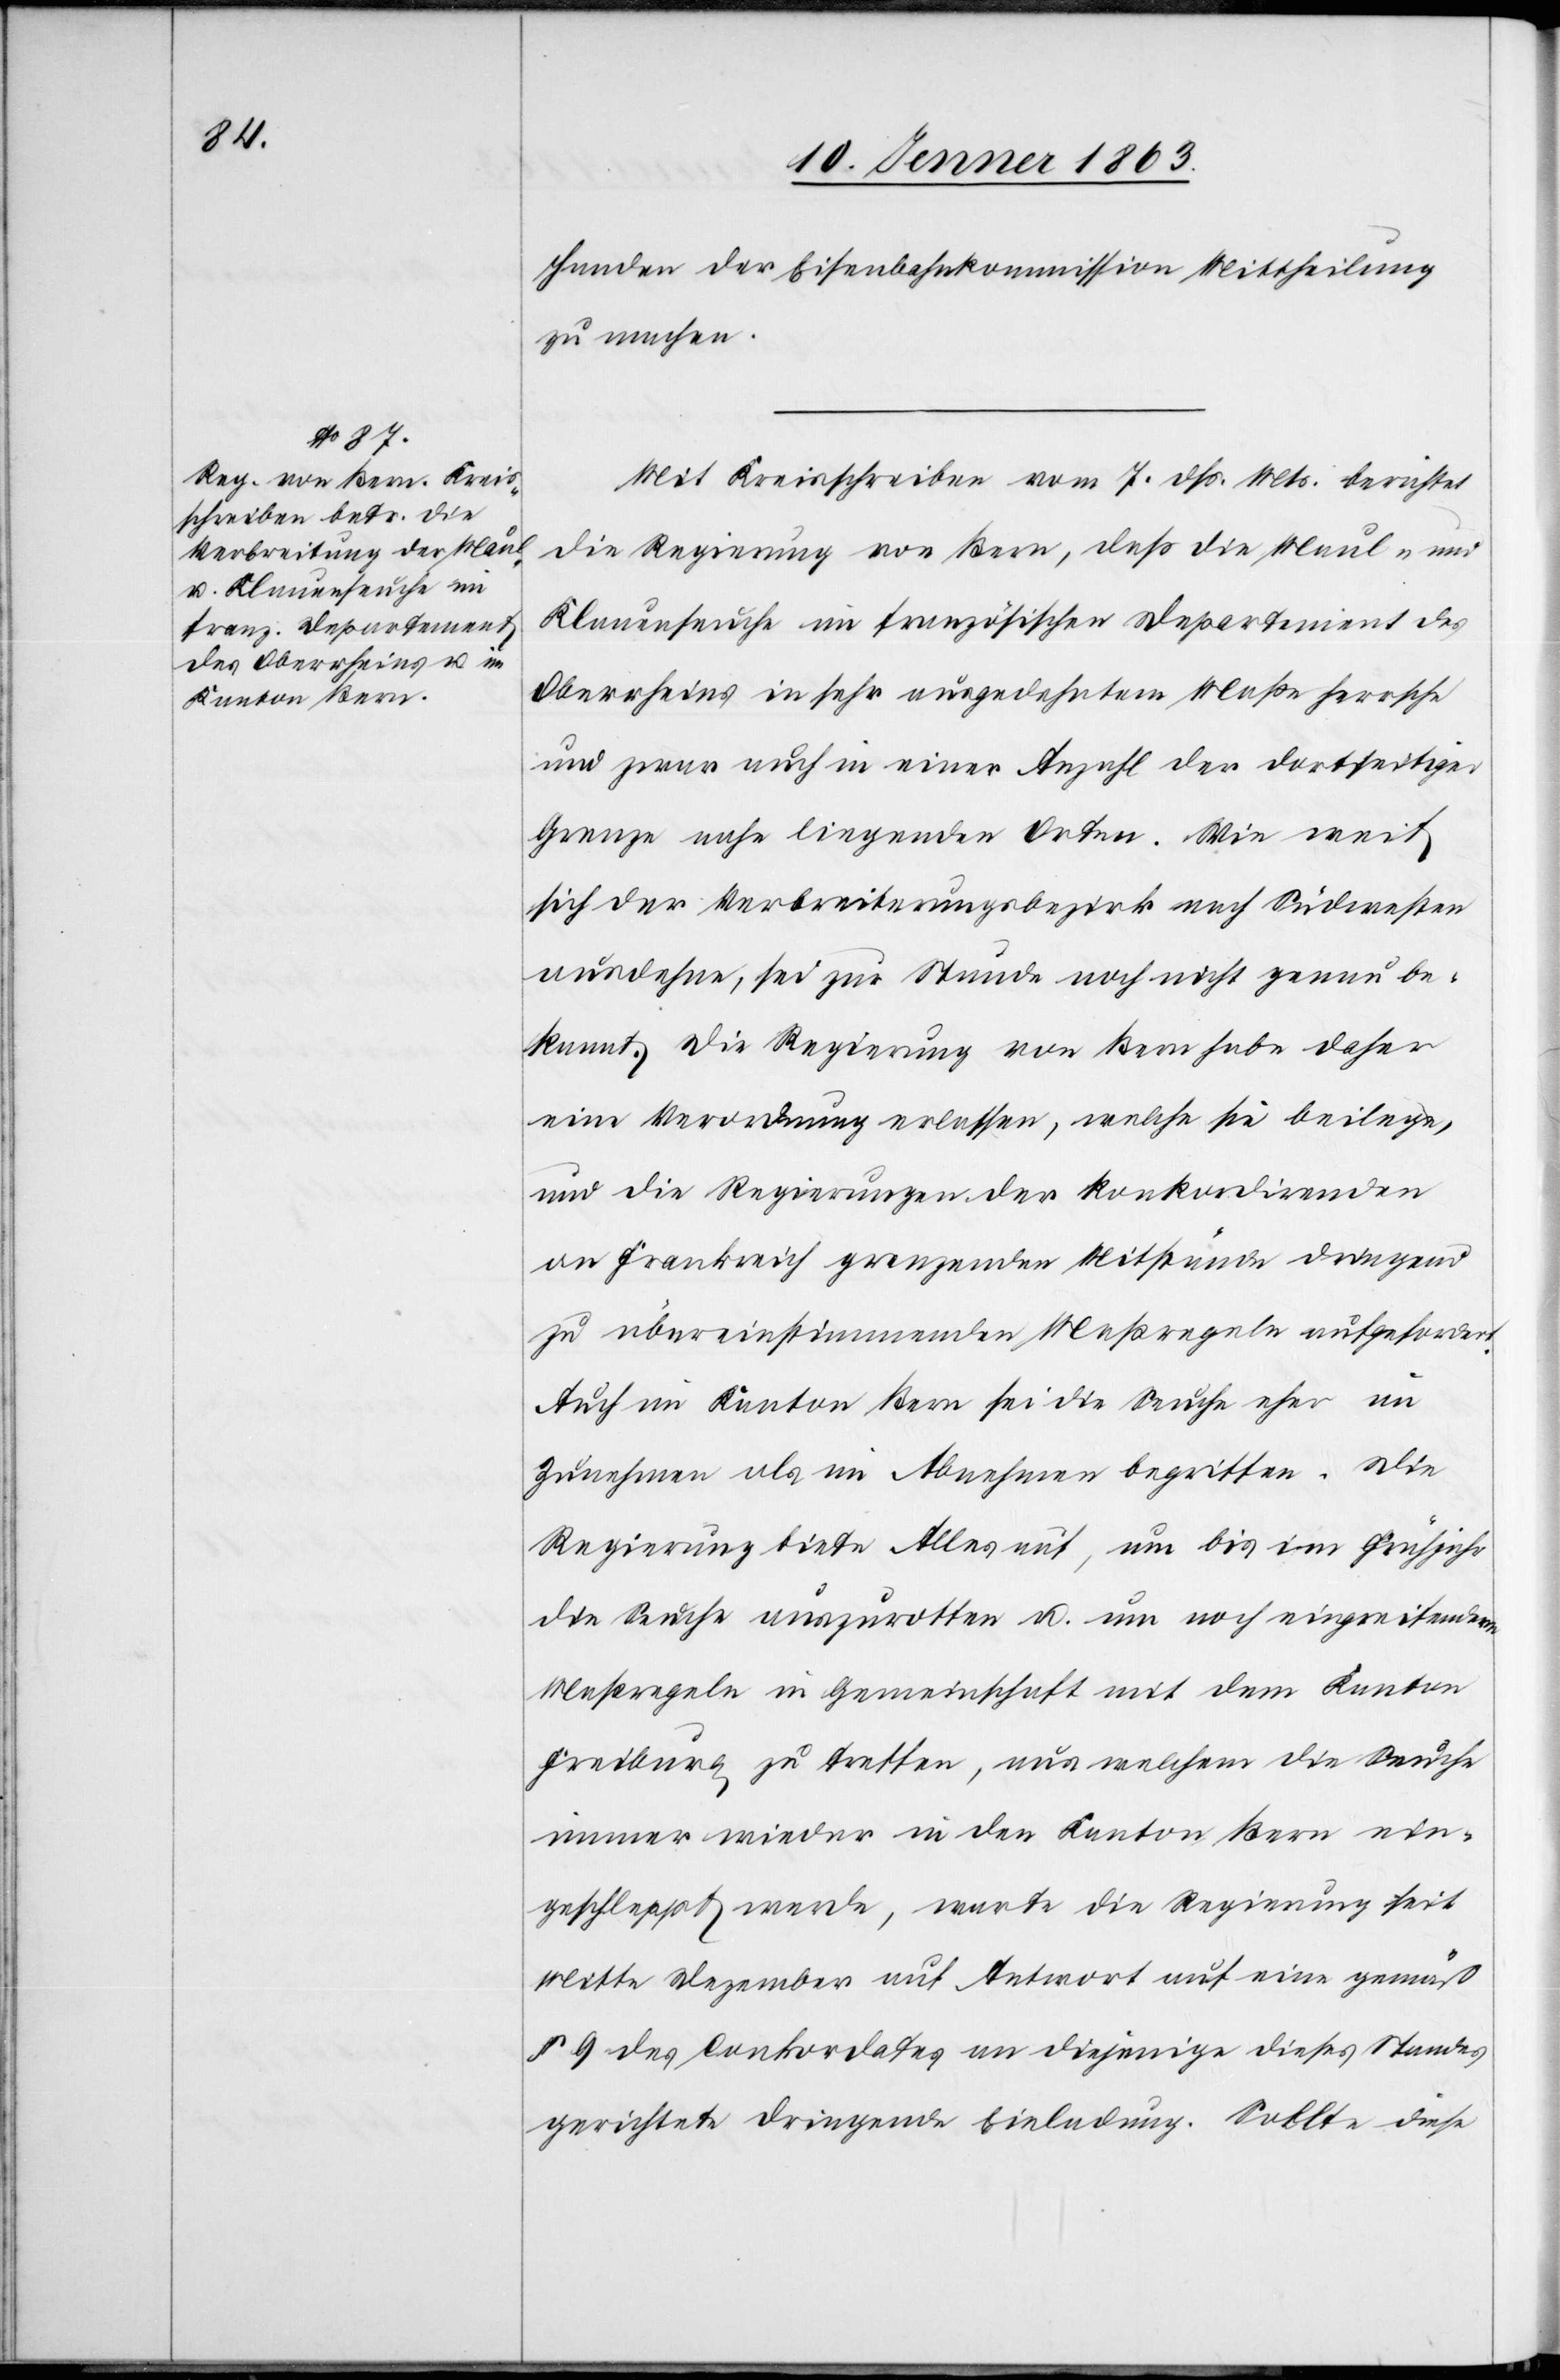
13. Jenner 1863.]
Handen der Eisenbahnkommission Mittheilung
zu machen.
Mit Kreisschreiben vom 7. dß. Mts. berichtet
die Regierung von Bern, daß die Maul- und
Klauenseuche im französischen Departement des
Oberrheins in sehr ausgedehntem Maße herrsche
und zwar auch in einer Anzahl der dortseitiger
Grenze nahe liegenden Orten. Wie weit
sich der Verbreiterungsbezirk nach Südwesten
ausdehne, sei zur Stunde noch nicht genau be¬
kannt. Die Regierung von Bern habe daher
eine Verordnung erlassen, welche sie beilege,
und die Regierungen der konkordirenden
an Frankreich grenzenden Mitstände dringend
zu übereinstimmenden Maßregeln aufgefordert.
Auch im Kanton Bern sei die Seuche eher im
Zunehmen als im Abnehmen begriffen. Die
Regierung biete Alles auf, um bis im Frühjahr
die Seuche auszurotten u. um noch eingreifendere
Maßregeln in Gemeinschaft mit dem Kanton
Freiburg zu treffen, aus welchem die Seuche
immer wieder in den Kanton Bern ein¬
geschleppt werde, warte die Regierung seit
Mitte Dezember auf Antwort auf eine gemäß
§ 9 des Conkordates an diejenige dieses Standes
gerichtete dringende Einladung. Sollte diese